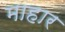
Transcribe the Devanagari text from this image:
माहार